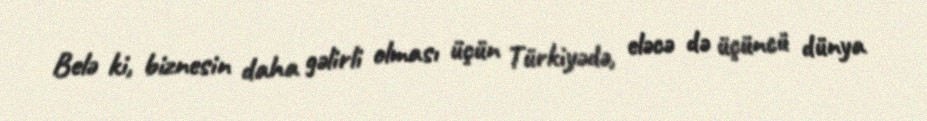
Belə ki, biznesin daha gəlirli olması üçün Türkiyədə, eləcə də üçüncü dünya